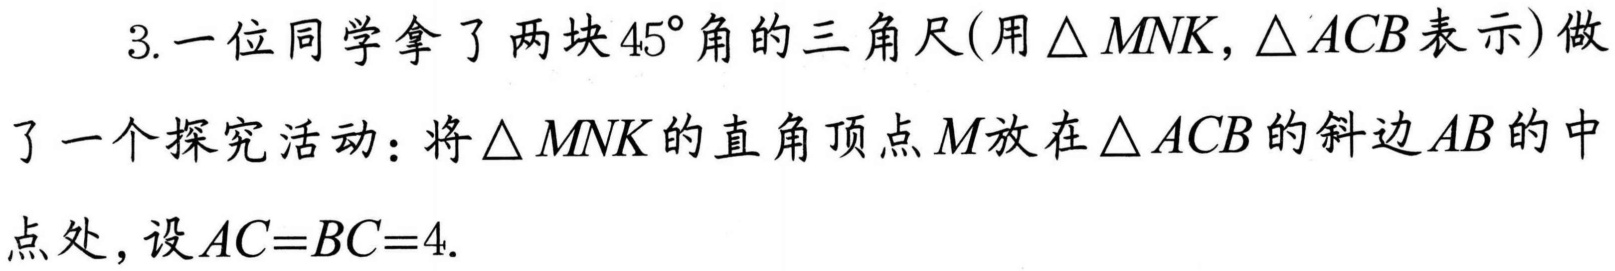
3. 一位同学拿了两块\(45^{\circ}\)角的三角尺(用\(\triangle MNK,\triangle ACB\)表示)做
了一个探究活动：将\(\triangle MNK\)的直角顶点\(M\)放在\(\triangle ACB\)的斜边\(AB\)的中
点处，设\(AC = BC = 4\).